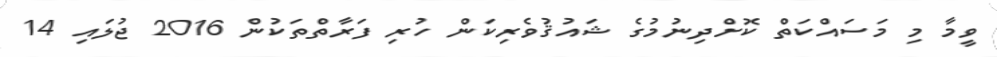
ވީމާ މި މަސައްކަތް ކޮށްދިނުމުގެ ޝައުޤުވެރިކަން ހުރި ފަރާތްތަކުން 2016 ޖުލައި 14